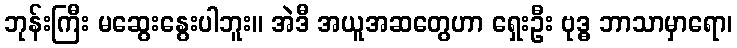
ဘုန်းကြီး မဆွေးနွေးပါဘူး။ အဲဒီ အယူအဆတွေဟာ ရှေးဦး ဗုဒ္ဓ ဘာသာမှာရော၊